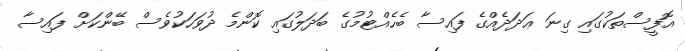
އޮފީސްތަކުގައި ގިނަ ޢަދަދެއްގެ ފައިސާ ބެހެއްޓުމުގެ ބަދަލުގައި ކޮންމެ ދުވަހަކުވެސް ބޭންކަށް ފައިސާ